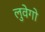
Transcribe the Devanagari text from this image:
लुवेगो